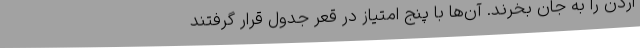
اردن را به جان بخرند. آن‌ها با پنج امتیاز در قعر جدول قرار گرفتند